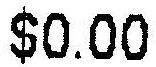
$0.00